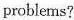
problems?